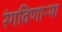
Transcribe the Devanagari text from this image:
रंगविणाऱ्या